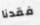
فقدنا